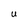
Character: U